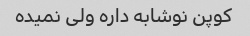
کوپن نوشابه داره ولی نمیده